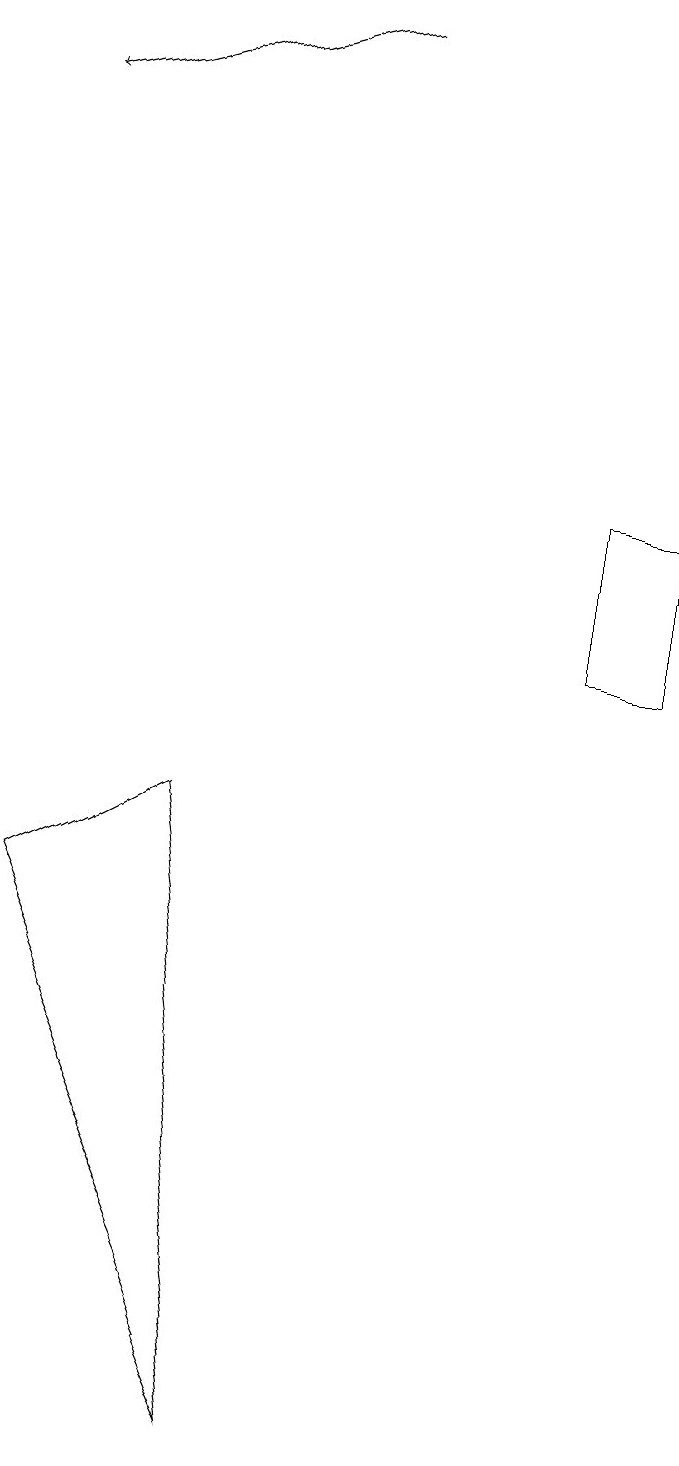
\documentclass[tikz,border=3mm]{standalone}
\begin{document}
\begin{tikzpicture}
\draw (7,13) rectangle (8,11);
\draw[->] (4,19) -- (0,18);
\draw (3,1) -- (0,8) -- (2,9) -- cycle;
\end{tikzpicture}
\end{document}